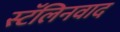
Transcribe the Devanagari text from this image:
स्टॅलिनवाद